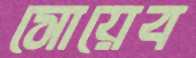
সোয়েব